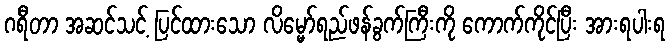
ဂရီတာ အဆင်သင့် ပြင်ထားသော လိမ္မော်ရည်ဖန်ခွက်ကြီးကို ကောက်ကိုင်ပြီး အားရပါးရ